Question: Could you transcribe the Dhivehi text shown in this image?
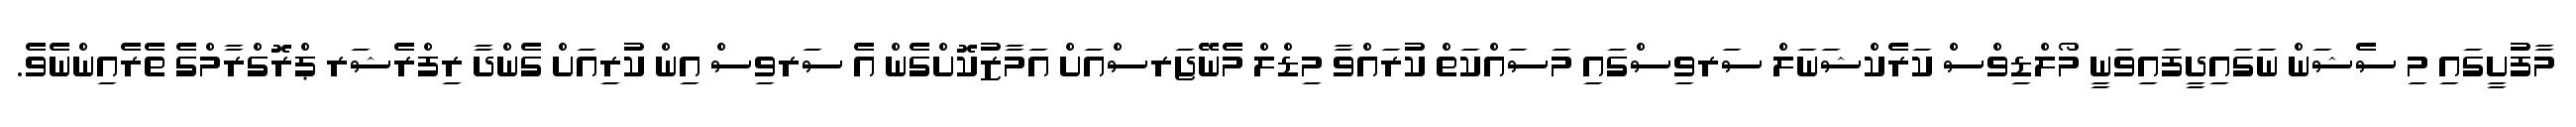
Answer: މާފުށީގައި މި ސެޝަން ނަގައިދީފައިވަނީ މޯލްޑިވްސް ކަރެކްޝަނަލް ސަރވިސްގައި މަސައްކަތް ކުރައްވާ މިޑްލް މެނޭޖަރސްއަށް އަމާޒުކޮށްގެން އެ ސަރވިސް އިން ކުރިއަށް ގެންދާ ރިފްރެޝަރ ޕްރޮގްރާމްގެ ތެރެއިންނެވެ.